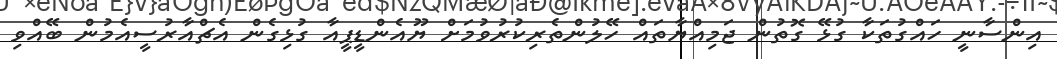
އިންސާނީ ހައްގުތަކާ ގުޅޭ ގޮތުން ޖަމިއްޔާތައް ހޭލުންތެރިކުރުވުމަށް ޔޫއެންޑީޕީއާ ގުޅިގެން އެޗްއާރުސީއެމުން ބޭއްވި